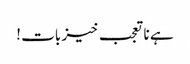
ہے نا تعجب خیز بات !